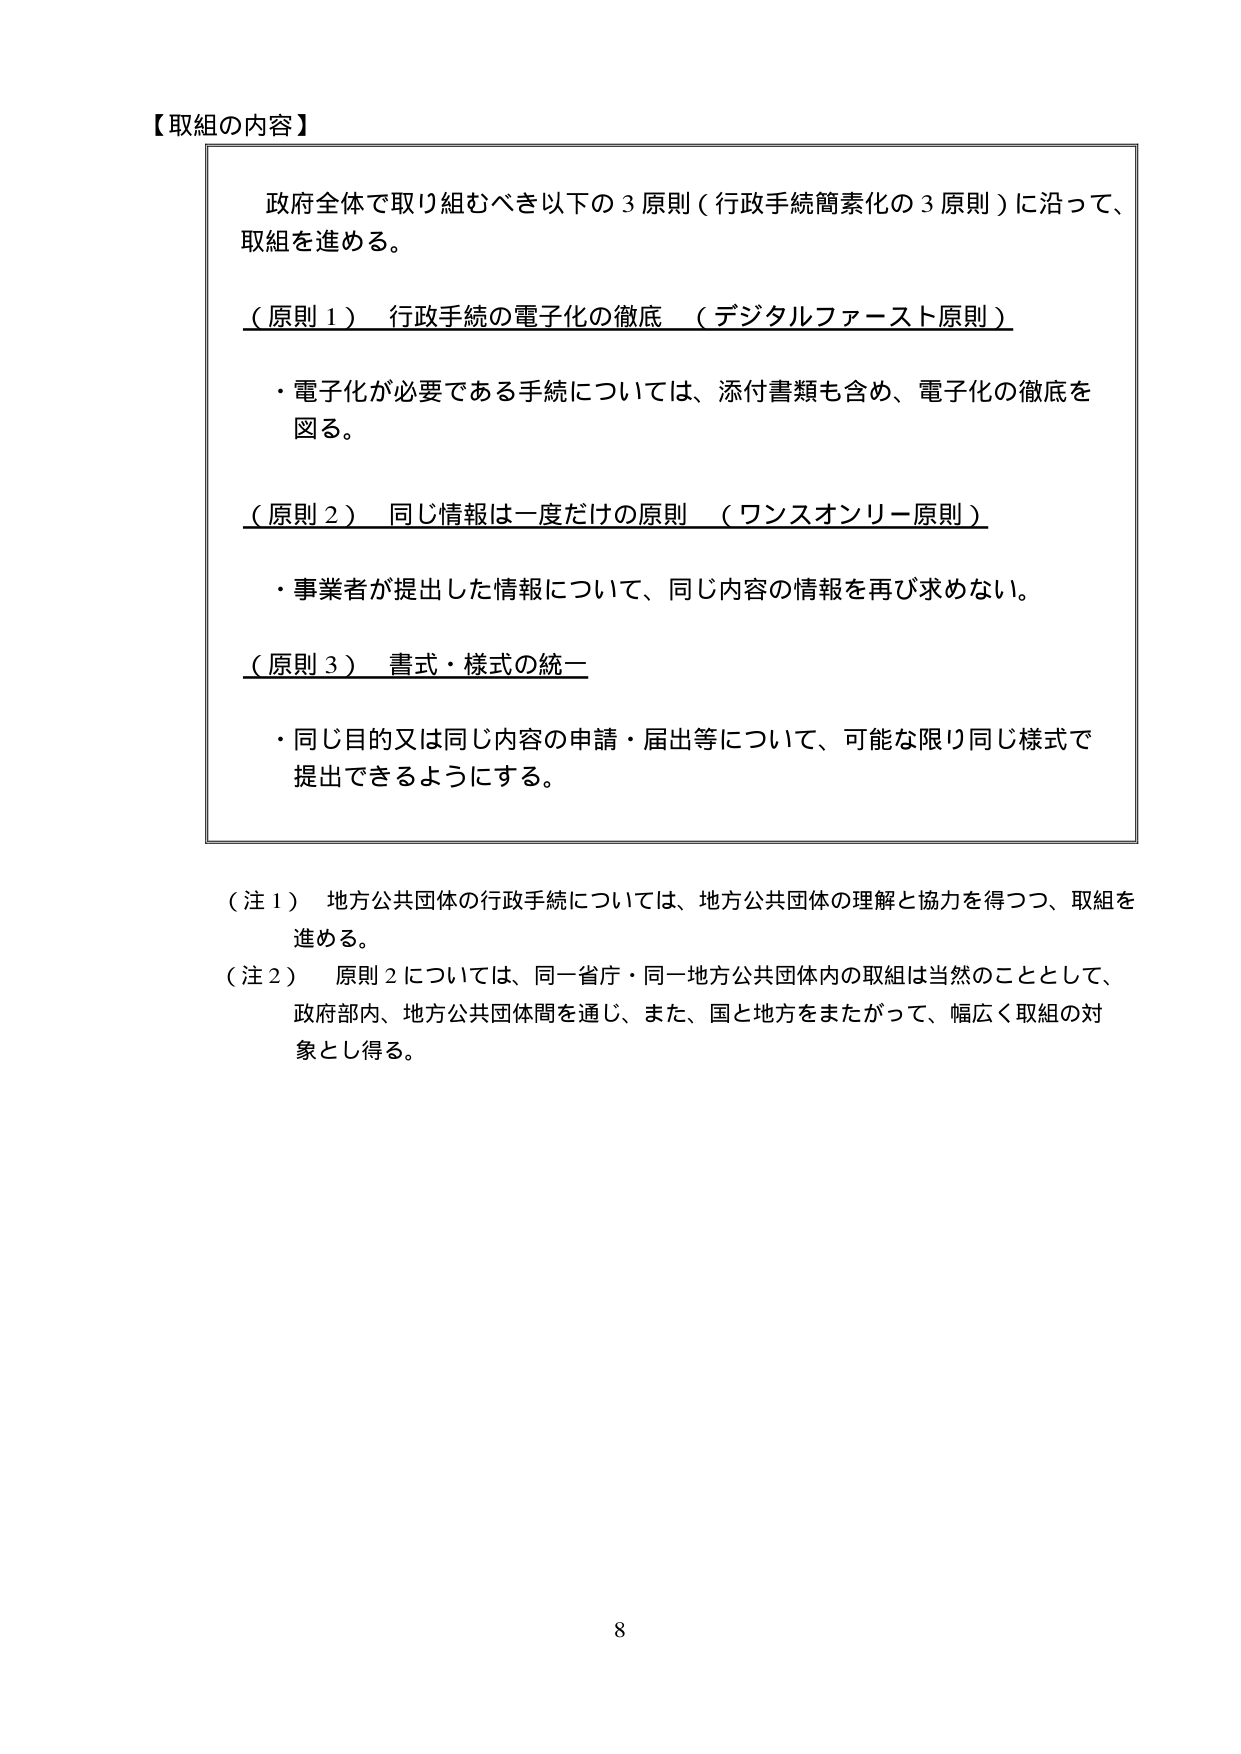
【取組の内容】

政府全体で取り組むべき以下の３原則（行政手続簡素化の３原則）に沿って、
取組を進める。

（原則１） 行政手続の電子化の徹底 （デジタルファースト原則）
・電子化が必要である手続については、添付書類も含め、電子化の徹底を
図る。

（原則２） 同じ情報は一度だけの原則 （ワンスオンリー原則）
・事業者が提出した情報について、同じ内容の情報を再び求めない。

（原則３） 書式・様式の統一
・同じ目的又は同じ内容の申請・届出等について、可能な限り同じ様式で
提出できるようにする。

（注１） 地方公共団体の行政手続については、地方公共団体の理解と協力を得つつ、取組を
進める。
（注２） 原則２については、同一省庁・同一地方公共団体内の取組は当然のこととして、
政府部内、地方公共団体間を通じ、また、国と地方をまたがって、幅広く取組の対
象とし得る。

8